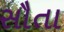
સૌતા